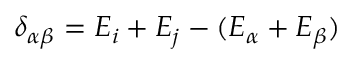
\delta _ { \alpha \beta } = E _ { i } + E _ { j } - ( E _ { \alpha } + E _ { \beta } )